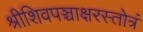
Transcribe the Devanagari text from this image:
श्रीशिवपञ्चाक्षरस्तोत्रं